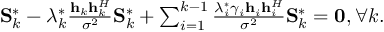
\begin{array} { r } { { \bf { S } } _ { k } ^ { * } - \lambda _ { k } ^ { * } \frac { { { { \bf { h } } _ { k } } { \bf { h } } _ { k } ^ { H } } } { { { \sigma ^ { 2 } } } } { \bf { S } } _ { k } ^ { * } + \sum _ { i = 1 } ^ { k - 1 } { \frac { { \lambda _ { i } ^ { * } { \gamma _ { i } } { { \bf { h } } _ { i } } { \bf { h } } _ { i } ^ { H } } } { { { \sigma ^ { 2 } } } } } { \bf { S } } _ { k } ^ { * } = { \bf { 0 } } , \forall k . } \end{array}